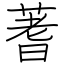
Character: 蓍